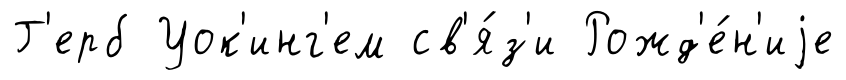
Г'ерб Уок'инг'ем св'я́з'и Рожд'е́н'иjе